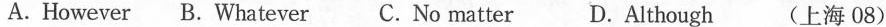
A. However B. Whatever C.No matter D.Although (上海 08)